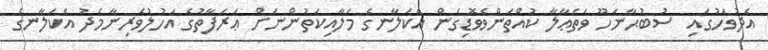
އެދުވަހުގައި  ސުބުޙާނަހޫ ވަތަޢާލާ ކުއްތަންވެވޮޑިގެން އެކަލާނގެ މަލާއިކަތުންނަށް ޢަރަފާތުގެ އަހުލުވެރިނާމެދު އެކަލާނގެ